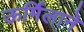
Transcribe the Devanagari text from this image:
ऊर्मिलाने